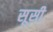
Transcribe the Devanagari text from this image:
सूसी